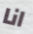
انا